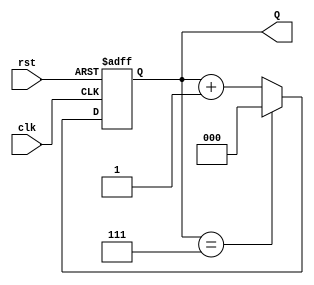
module binary_up_counter #(
    parameter N = 3  // Number of bits for the counter
)(
    input wire clk,   // Clock signal
    input wire rst,   // Asynchronous reset signal
    output reg [N-1:0] Q  // Counter output
);

    // Maximum count value
    localparam MAX_COUNT = (1 << N) - 1; // 2^N - 1

    // Always block triggered on the rising edge of the clock
    always @(posedge clk or posedge rst) begin
        if (rst) begin
            // Asynchronous reset
            Q <= 0;
        end else begin
            // Increment the counter
            if (Q == MAX_COUNT) begin
                Q <= 0; // Wrap around
            end else begin
                Q <= Q + 1; // Increment
            end
        end
    end

endmodule